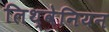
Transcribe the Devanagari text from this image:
लिथ्वेनियन